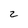
Character: 2